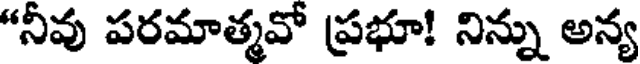
"నీవు పరమాత్మవో ప్రభూ! నిన్ను అన్య